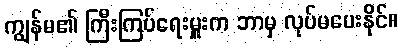
ကျွန်မ၏ ကြီးကြပ်ရေးမှူးက ဘာမှ လုပ်မပေးနိုင်။